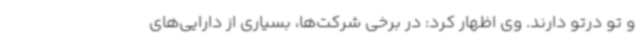
و تو درتو دارند. وی اظهار کرد: در برخی شرکت‌ها، بسیاری از دارایی‌های